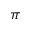
\pi